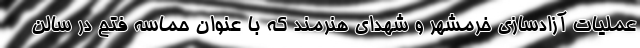
عملیات آزادسازی خرمشهر و شهدای هنرمند که با عنوان حماسه فتح در سالن